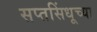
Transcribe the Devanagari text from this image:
सप्तसिंधूच्या